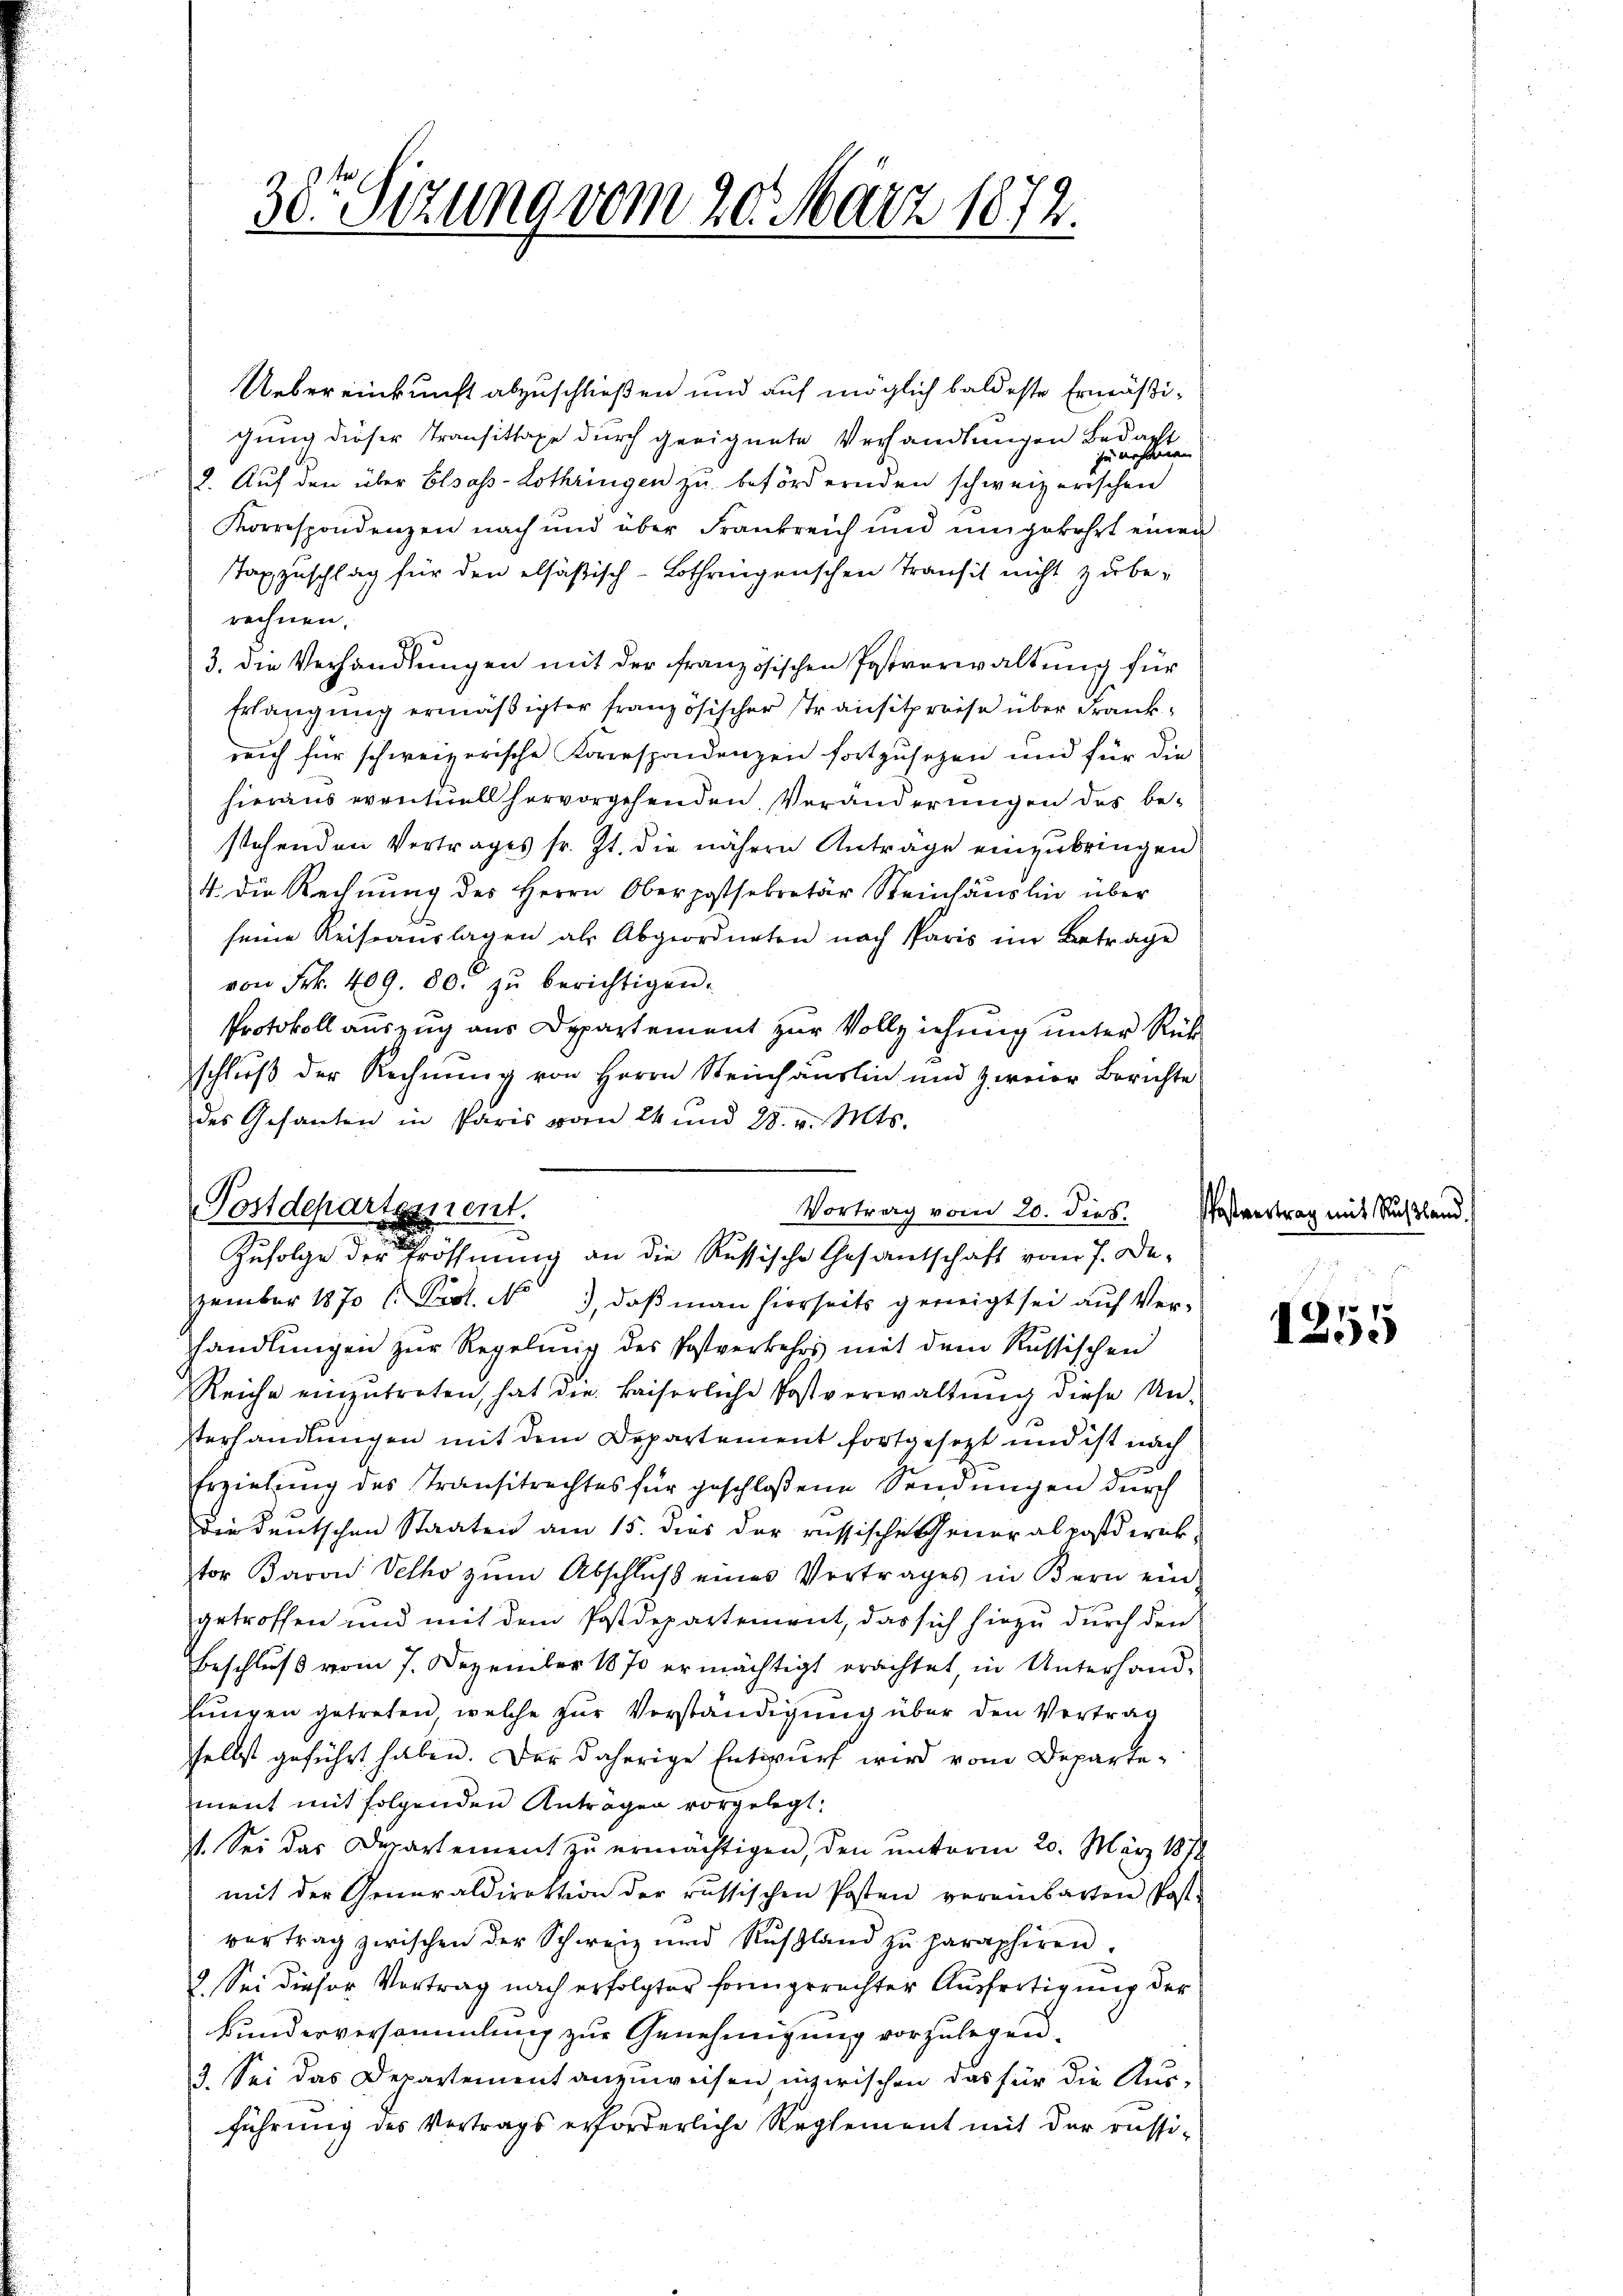
30. Sezung vom 20. März 1872.

Uebereinkunft abzuschließen und auf möglich baldeste Ermäßigung dieser Transittage durch geeignete Verhandlungen Bedacht
2. Auf den über Elsass-Lothringen zu befördernden schweizerischen
Korrespondenzen nach und über Frankreich und umgekehrt einen
Taxzuschlag für den elsäßisch-Lothringenschen Transit nicht zu be-
rechnen.
3. die Verhandlungen mit der französischen Postverwaltung für
Erlangung ermäßigter französischer Transitpreise über Frankreich für schweizerische Korrespondenzen fortzusetzen und für die
hieraus eventuell hervorgehenden Veränderungen des bestehenden Vertrages sr. Zt. die nähern Antrage einzubringen
4. die Rechnung des Herrn Oberpostsekretär Steinhäuslin über
seine Reiseauslagen als Abgeordneten nach Paris im Betrage
von Frk. 409. 80. zŭ berichtigen.
Protokoll auszug aus Departement zur Vollziehung unter Rück-
schluß der Rechnung von Herrn Steinhäuslin und zweier Berichte
des Gesanten in Paris vom 24 und 28. v. Mts.
zember 1870 l. Prot. No 3, daß man hierseits geneigt sei auf Verhandlungen zur Regelung des Postverkehrs mit dem Russischen
Reiche einzŭtreten, hat die kaiserliche Postverwaltŭng diese Un-
terhandlungen mit dem Departement fortgesezt und ist nach
Erzielung des Transitrechtes für geschloßene Sendungen durch
Die deutschen Staaten am 15. dies der russische Generalpostderik
tor Baron Velho zŭm Abschlŭβ eines Vertrages in Bern ein
getroffen und mit dem Postdepartement, das sich hiezu durch den
Beschluss vom 7. Dezember 1870 ermächtigt erachtet, in Unterhand¬
Eingen getreten, welche zur Verständigung über den Vertrag
selbst geführt haben. Der daherige Entwurf wird vom Departement mit folgenden Antragen vorgelegt.
st. Sei das Departement zu ermächtigen, den unterm 20. März 1872
mit der Generaldirektion der russischen Posten vereinbarten Post-
vertrag zwischen der Schweiz und Russland zŭ paraphiren.
3. Sei dieser Vortrag nach erfolgter formgerechter Ausfertigung der
Bunderversammlung zur Genehmigung vorzulegen.
3. Sei das Departement anzuweisen inzwischen das für die Aus-
führung des Vortrags erforderliche Reglement mit der russi¬

ken |
sen der

Postdepartszient.
Vortrag vom 20. dies. Postvertra
Zufolge der Eröffnung an die Russische Gesantschaft vom 7. De-

7
95

ig mit Rußland.